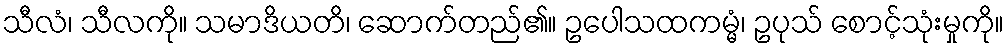
သီလံ၊ သီလကို။ သမာဒိယတိ၊ ဆောက်တည်၏။ ဥပေါသထကမ္မံ၊ ဥပုသ် စောင့်သုံးမှုကို။